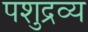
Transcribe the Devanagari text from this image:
पशुद्रव्य